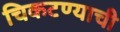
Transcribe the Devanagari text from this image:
चिकटण्याची